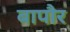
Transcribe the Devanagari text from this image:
बापौर